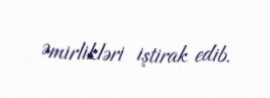
Əmirlikləri iştirak edib.